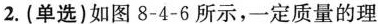
2.(单选)如图8-4-6所示，一定质量的理